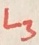
Text: L3